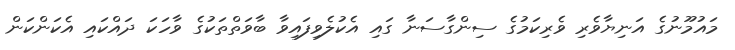
މައުމޫނުގެ އަނިޔާވެރި ވެރިކަމުގެ ސިންގާސަނާ ގައި އެކުލެވިފައިވާ ބާވަތްތަކުގެ ވާހަކަ ދައްކައި އެކަންކަން